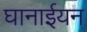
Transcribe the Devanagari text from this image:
घानाईयन